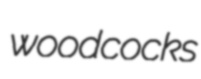
woodcocks